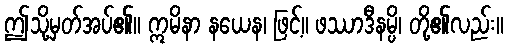
ဤသို့မှတ်အပ်၏။ ဣမိနာ နယေန၊ ဖြင့်။ ဖဿာဒီနမ္ပိ၊ တို့၏လည်း။